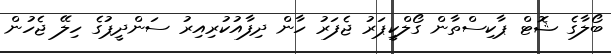
ބޯލާގެ ޝޮޓް ޕާކިސްތާން ގޯލްކީޕަރު ޖެފަރު ހާން ދިފާއުކުރިއިރު ސަންދީޕުގެ ހިލޭ ޖެހުން